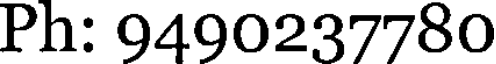
Ph: 9490237780